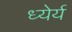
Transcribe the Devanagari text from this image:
ध्येर्य